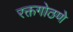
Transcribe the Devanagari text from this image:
रक्तगोठणे